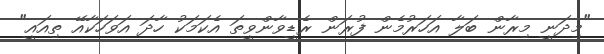
"މިދަނީ މިރާން ބަލާ އަހަރުމެން ފުރަން ރެޑީވާންވީތަ އެކަމަކު ހާދަ އަވަހަކާއޭ ތިއައީ"